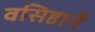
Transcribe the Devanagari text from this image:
वसिष्ठानें